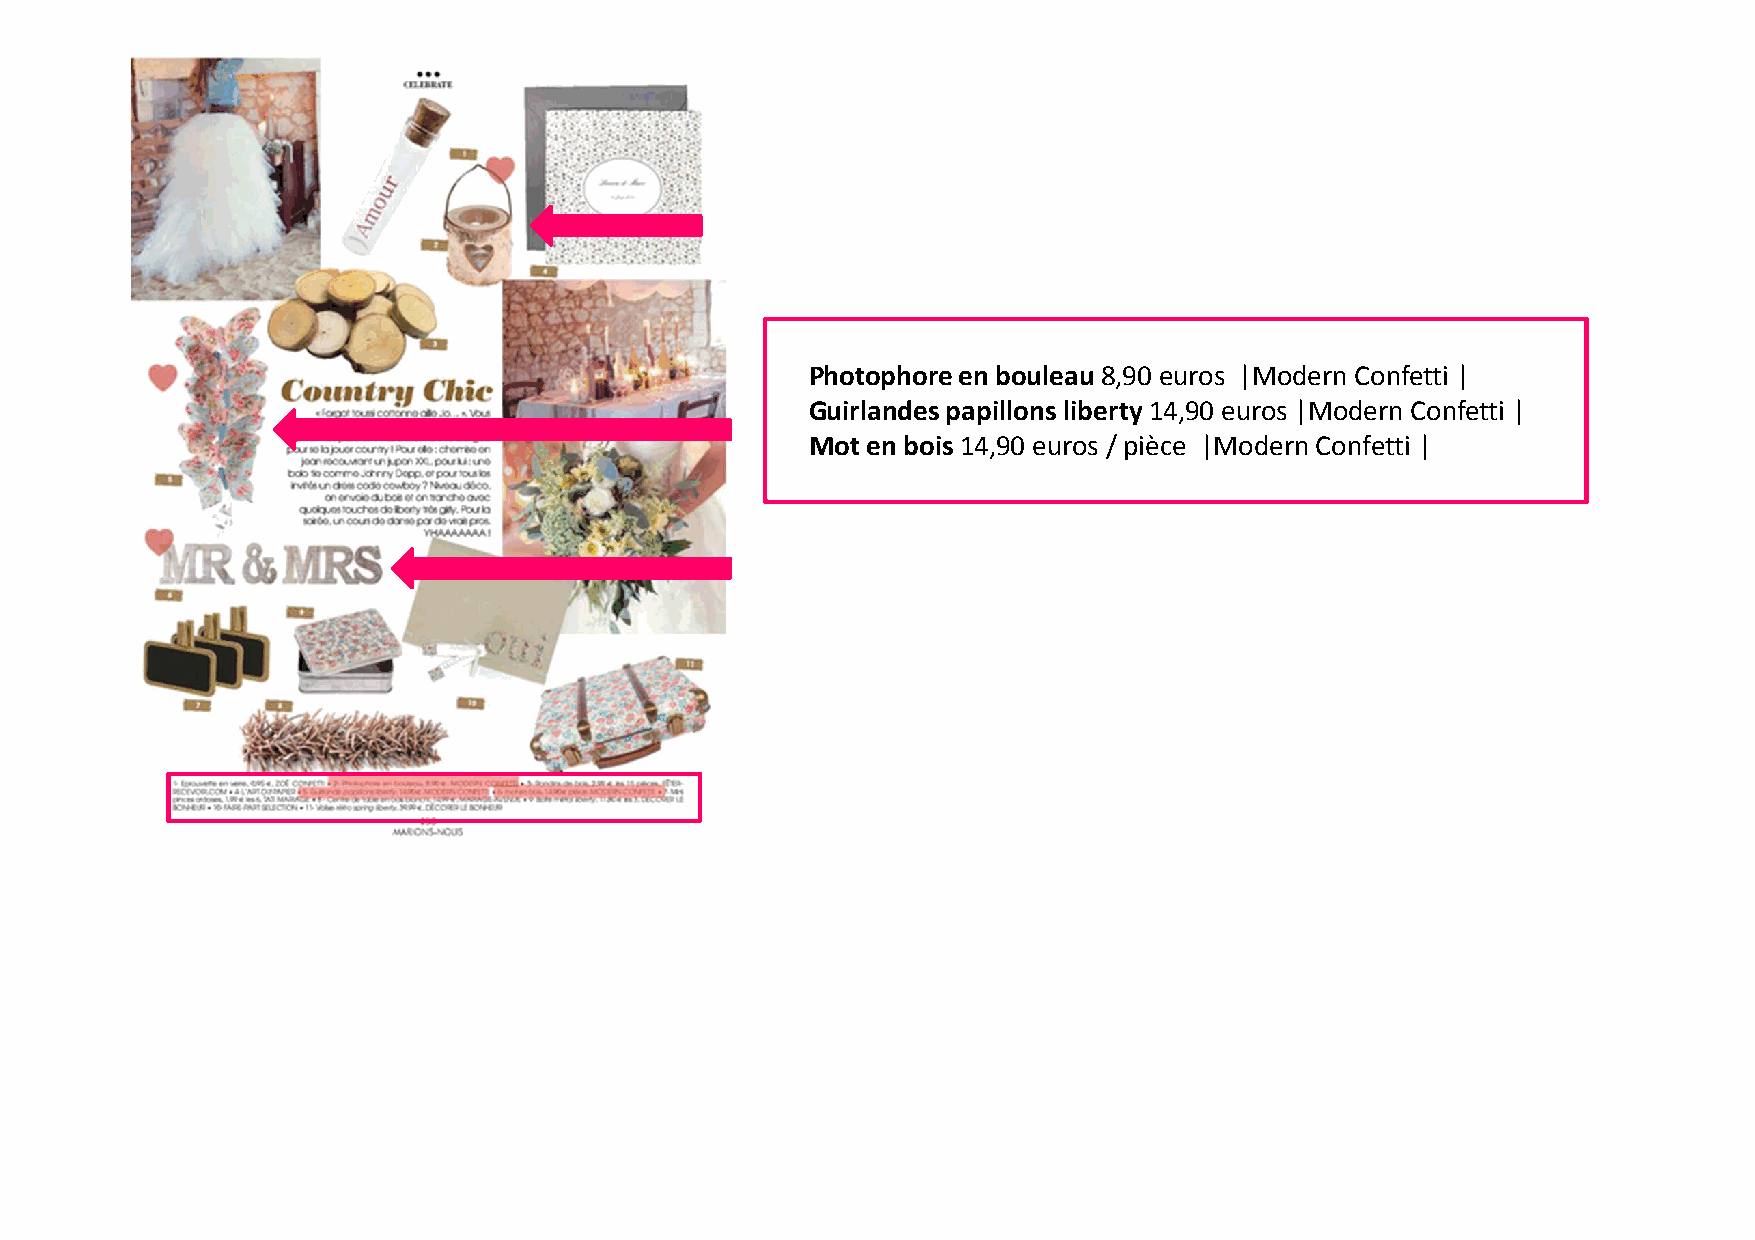
Photophore en bouleau 8,90 euros |Modern Confetti |
 Guirlandes papillons liberty 14,90 euros |Modern Confetti |
 Mot en bois 14,90 euros / pièce |Modern Confetti |